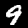
Label: 9